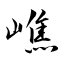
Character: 嶕